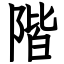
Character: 階